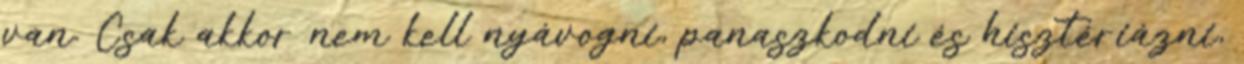
van. Csak akkor nem kell nyávogni, panaszkodni és hisztériázni,